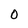
Character: O